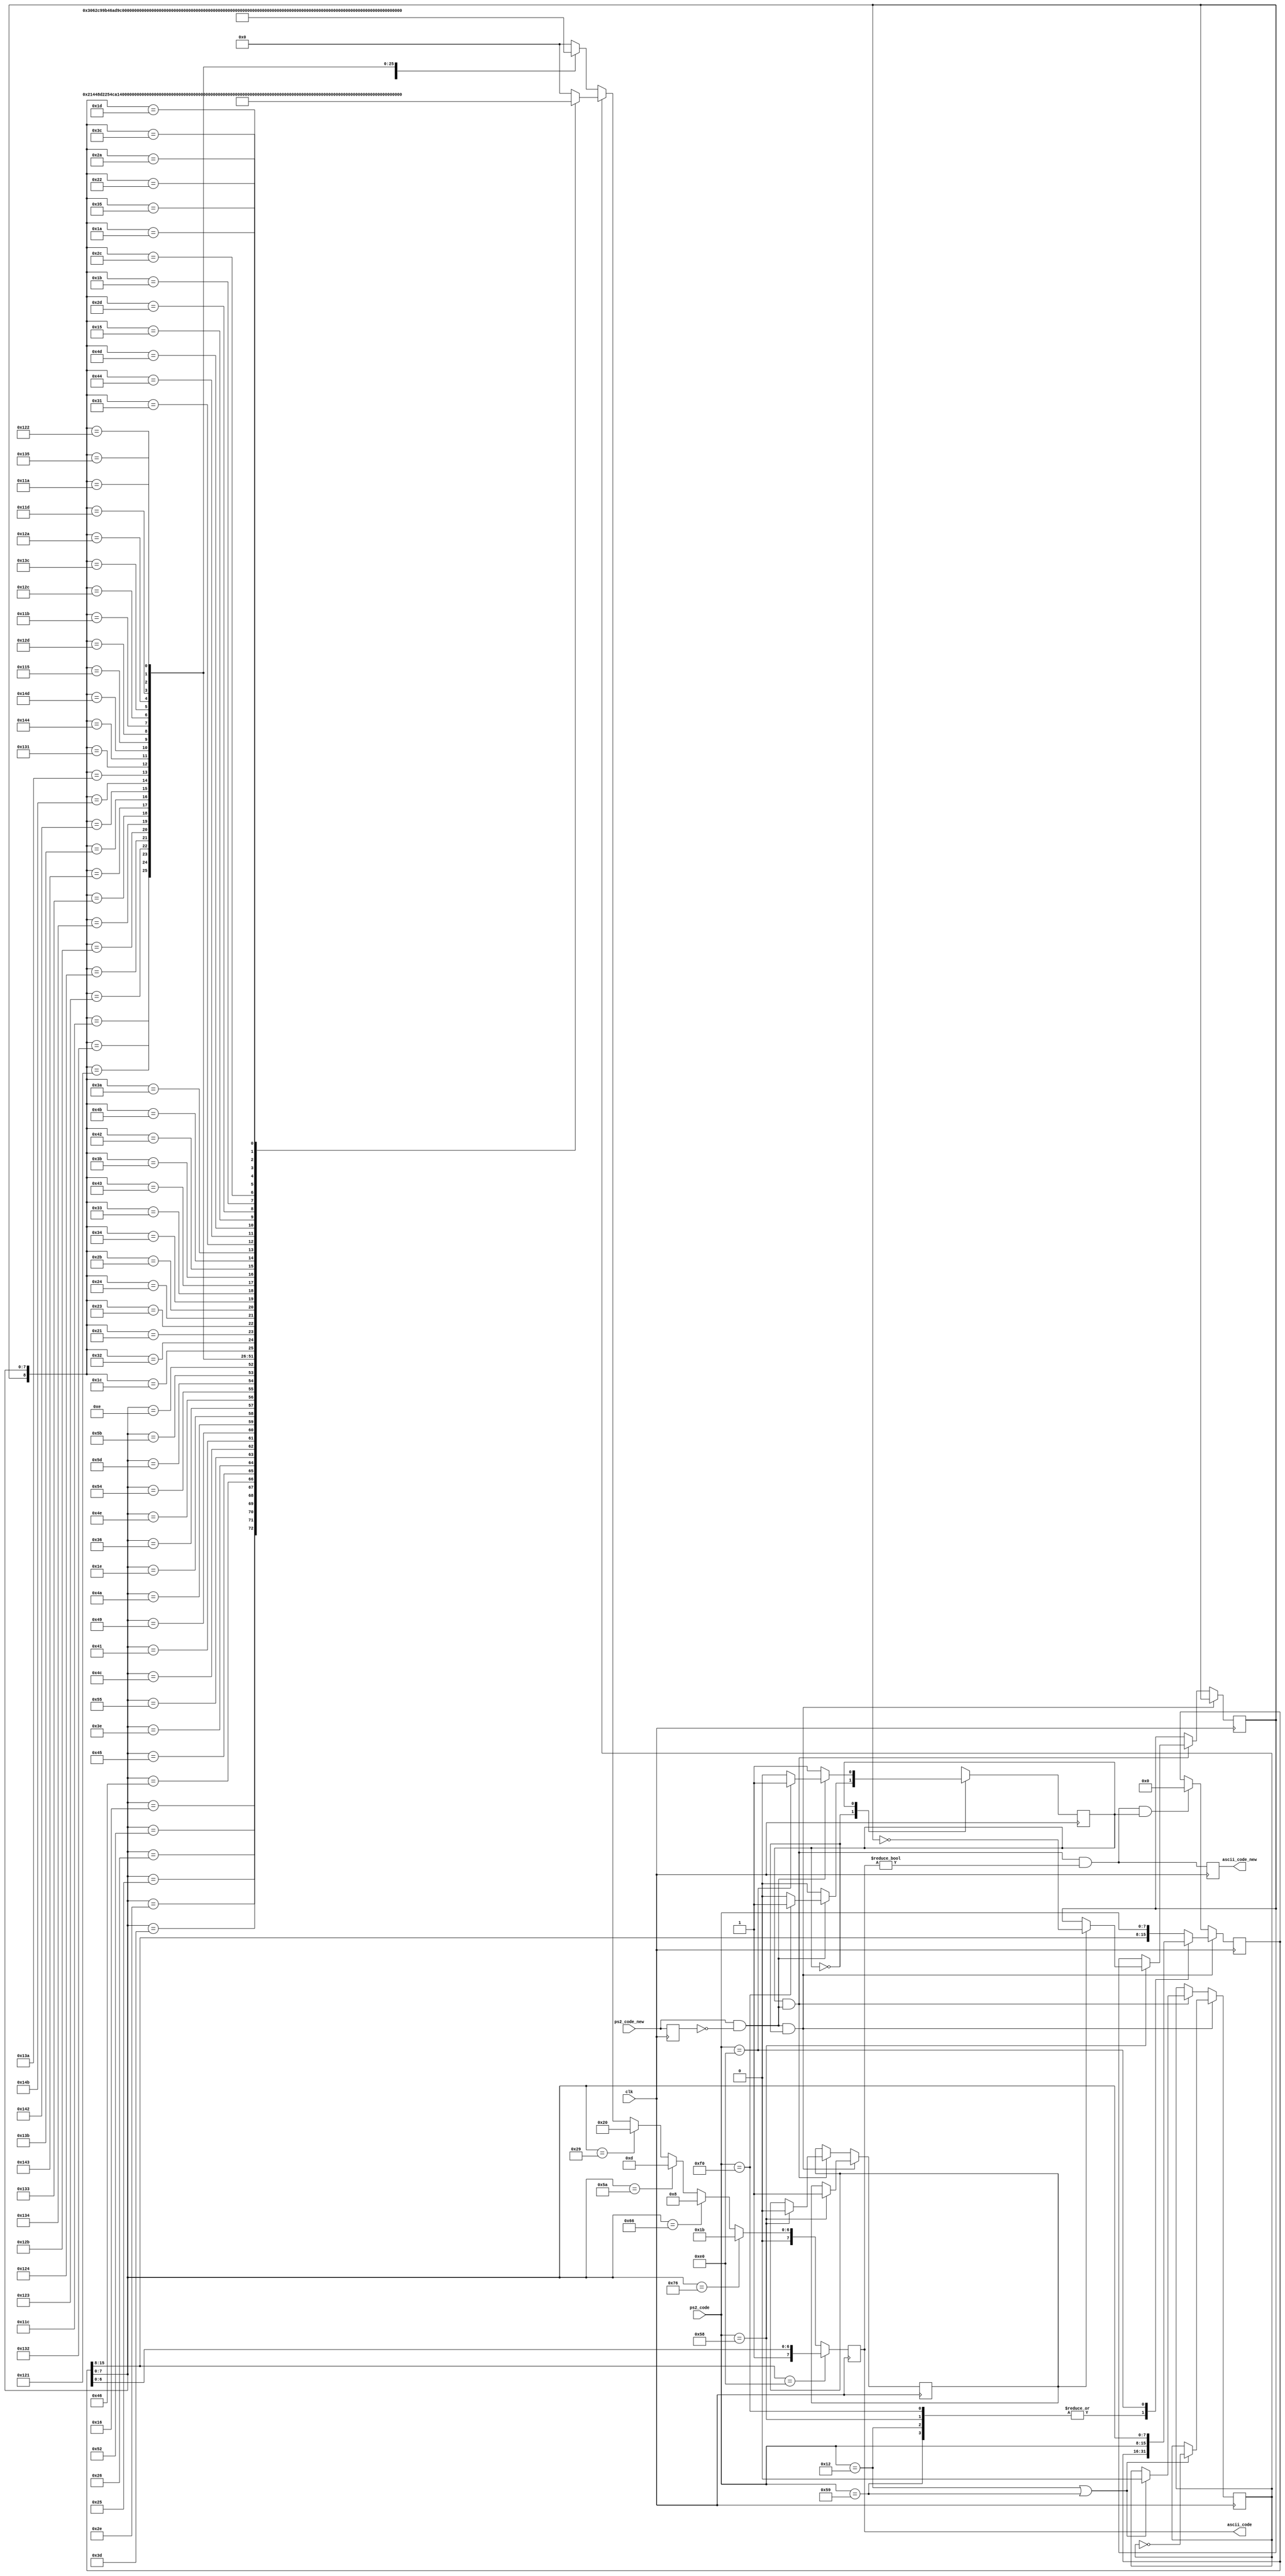
module ps2_scan2ascii(clk, ps2_code_new, ps2_code, ascii_code_new, ascii_code);

  input clk;
  input ps2_code_new;
  input [7:0] ps2_code;
  output ascii_code_new;
  output [7:0] ascii_code;

  parameter
  ST_MAKE=0,
  ST_BREAK=1;

  reg state=0, next_state=0;
 
  reg ps2_code_new_q=0;
  reg [7:0] ps2_code_q=0;
  reg capstoggle=0, capslock=0;
  reg shift=0;
  reg ascii_code_new=0;
  reg [7:0] ascii_code=0;
  reg [15:0] make_code=0;
  reg ps2_ready=0;
  reg ascii_ready=0;

  // input
  always @(posedge clk) begin
    ps2_code_new_q <= ps2_code_new;
  end
  
  always @(*)
    ps2_ready = ps2_code_new==1 && ps2_code_new_q==0;

  // state machine
  always @(posedge clk) begin
    state <= next_state;
  end

  always @(*) begin
    next_state = state;
    case (state)
      ST_MAKE: begin // get make code
        if (ps2_ready) begin
          if (ps2_code == 8'hF0)
            next_state = ST_BREAK;
          else
            next_state = ST_MAKE;
        end
      end      
      ST_BREAK: begin // get break code
        if (ps2_ready) begin
          if (ps2_code == 8'hE0)
            next_state = ST_BREAK;
          else begin
            next_state = ST_MAKE;
          end
        end
      end
      default: next_state = ST_MAKE;
    endcase
  end
  
  // handle shift and capslock
  always @(posedge clk) begin
    if (state == ST_MAKE && ps2_ready==1) begin
      if (ps2_code == 8'h58) begin
        if (capstoggle==0) begin          
          capstoggle <= 1;
        end
      end
      if (ps2_code == 8'h12 || ps2_code == 8'h59)
        shift <= ~shift;
    end
    else if (state == ST_BREAK && ps2_ready==1) begin
      if (ps2_code == 8'h58) begin
        if (capstoggle==1) begin
          capslock <= ~capslock;
        end
        capstoggle <= 0;
      end
      if (ps2_code == 8'h12 || ps2_code == 8'h59)
        shift <= 0;
    end
  end
  
  // get make_code
  always @(posedge clk) begin
    if (ps2_ready && state == ST_MAKE) begin
      case (ps2_code)
        8'hF0,8'h58,8'h12,8'h59: make_code <= make_code;
        8'hE0: make_code <= {ps2_code, make_code[7:0]};
        default: make_code <= {make_code[15:8], ps2_code};
      endcase
    end
    else if (ascii_ready && state == ST_BREAK)
      make_code <= 16'h0;
  end

  always @(*)
    ascii_ready = state==ST_BREAK && ps2_ready==1 && ascii_code!=0;
  
  // outputs
  always @(posedge clk) begin
    ascii_code_new <= ascii_ready;
    // arrow keys
    if (make_code[15:8]==8'hE0) begin
      ascii_code <= {1'b1,make_code[6:0]};
    end
    // some special keys
    else if (make_code[7:0]==8'h76)
      ascii_code <= 8'h1B; //esc
    else if (make_code[7:0]==8'h66)
      ascii_code <= 8'h08; //bkspc
    else if (make_code[7:0]==8'h5A)
      ascii_code <= 8'h0D; //ret
    else if (make_code[7:0]==8'h29)
      ascii_code <= 8'h20; //space
    else begin
      // chars that depend on capslock and shift
      if (shift==0) begin //lower case
        casex ({capslock,make_code[7:0]})
          9'hx_45: ascii_code <= 8'h30; //0
          9'hx_16: ascii_code <= 8'h31; //1
          9'hx_1E: ascii_code <= 8'h32; //2
          9'hx_26: ascii_code <= 8'h33; //3
          9'hx_25: ascii_code <= 8'h34; //4
          9'hx_2E: ascii_code <= 8'h35; //5
          9'hx_36: ascii_code <= 8'h36; //6
          9'hx_3D: ascii_code <= 8'h37; //7
          9'hx_3E: ascii_code <= 8'h38; //8
          9'hx_46: ascii_code <= 8'h39; //9
          9'hx_52: ascii_code <= 8'h27; //'
          9'hx_41: ascii_code <= 8'h2C; //,
          9'hx_4E: ascii_code <= 8'h2D; //-
          9'hx_49: ascii_code <= 8'h2E; //.
          9'hx_4A: ascii_code <= 8'h2F; ///
          9'hx_4C: ascii_code <= 8'h3B; //;
          9'hx_55: ascii_code <= 8'h3D; //=
          9'hx_54: ascii_code <= 8'h5B; //[
          9'hx_5D: ascii_code <= 8'h5C; //\
          9'hx_5B: ascii_code <= 8'h5D; //]
          9'hx_0E: ascii_code <= 8'h60; //`       
          9'h0_1C: ascii_code <= 8'h61; //a
          9'h0_32: ascii_code <= 8'h62; //b
          9'h0_21: ascii_code <= 8'h63; //c
          9'h0_23: ascii_code <= 8'h64; //d
          9'h0_24: ascii_code <= 8'h65; //e
          9'h0_2B: ascii_code <= 8'h66; //f
          9'h0_34: ascii_code <= 8'h67; //g
          9'h0_33: ascii_code <= 8'h68; //h
          9'h0_43: ascii_code <= 8'h69; //i
          9'h0_3B: ascii_code <= 8'h6A; //j
          9'h0_42: ascii_code <= 8'h6B; //k
          9'h0_4B: ascii_code <= 8'h6C; //l
          9'h0_3A: ascii_code <= 8'h6D; //m
          9'h0_31: ascii_code <= 8'h6E; //n
          9'h0_44: ascii_code <= 8'h6F; //o
          9'h0_4D: ascii_code <= 8'h70; //p
          9'h0_15: ascii_code <= 8'h71; //q
          9'h0_2D: ascii_code <= 8'h72; //r
          9'h0_1B: ascii_code <= 8'h73; //s
          9'h0_2C: ascii_code <= 8'h74; //t
          9'h0_3C: ascii_code <= 8'h75; //u
          9'h0_2A: ascii_code <= 8'h76; //v
          9'h0_1D: ascii_code <= 8'h77; //w
          9'h0_22: ascii_code <= 8'h78; //x
          9'h0_35: ascii_code <= 8'h79; //y
          9'h0_1A: ascii_code <= 8'h7A; //z
          9'h1_1C: ascii_code <= 8'h41; //A
          9'h1_32: ascii_code <= 8'h42; //B
          9'h1_21: ascii_code <= 8'h43; //C
          9'h1_23: ascii_code <= 8'h44; //D
          9'h1_24: ascii_code <= 8'h45; //E
          9'h1_2B: ascii_code <= 8'h46; //F
          9'h1_34: ascii_code <= 8'h47; //G
          9'h1_33: ascii_code <= 8'h48; //H
          9'h1_43: ascii_code <= 8'h49; //I
          9'h1_3B: ascii_code <= 8'h4A; //J
          9'h1_42: ascii_code <= 8'h4B; //K
          9'h1_4B: ascii_code <= 8'h4C; //L
          9'h1_3A: ascii_code <= 8'h4D; //M
          9'h1_31: ascii_code <= 8'h4E; //N
          9'h1_44: ascii_code <= 8'h4F; //O
          9'h1_4D: ascii_code <= 8'h50; //P
          9'h1_15: ascii_code <= 8'h51; //Q
          9'h1_2D: ascii_code <= 8'h52; //R
          9'h1_1B: ascii_code <= 8'h53; //S
          9'h1_2C: ascii_code <= 8'h54; //T
          9'h1_3C: ascii_code <= 8'h55; //U
          9'h1_2A: ascii_code <= 8'h56; //V
          9'h1_1D: ascii_code <= 8'h57; //W
          9'h1_22: ascii_code <= 8'h58; //X
          9'h1_35: ascii_code <= 8'h59; //Y
          9'h1_1A: ascii_code <= 8'h5A; //Z
          default: ascii_code <= 8'h00;
        endcase
      end
      else if (shift == 1) begin //uppercase
        casex ({capslock,make_code[7:0]})
          9'hx_16: ascii_code <= 8'h21; //!
          9'hx_52: ascii_code <= 8'h22; //"
          9'hx_26: ascii_code <= 8'h23; //#
          9'hx_25: ascii_code <= 8'h24; //$
          9'hx_2E: ascii_code <= 8'h25; //%
          9'hx_3D: ascii_code <= 8'h26; //&              
          9'hx_46: ascii_code <= 8'h28; //(
          9'hx_45: ascii_code <= 8'h29; //)
          9'hx_3E: ascii_code <= 8'h2A; //*
          9'hx_55: ascii_code <= 8'h2B; //+
          9'hx_4C: ascii_code <= 8'h3A; //:
          9'hx_41: ascii_code <= 8'h3C; //<
          9'hx_49: ascii_code <= 8'h3E; //>
          9'hx_4A: ascii_code <= 8'h3F; //?
          9'hx_1E: ascii_code <= 8'h40; //@
          9'hx_36: ascii_code <= 8'h5E; //^
          9'hx_4E: ascii_code <= 8'h5F; //_
          9'hx_54: ascii_code <= 8'h7B; //{
          9'hx_5D: ascii_code <= 8'h7C; //|
          9'hx_5B: ascii_code <= 8'h7D; //}
          9'hx_0E: ascii_code <= 8'h7E; //~
          9'h1_1C: ascii_code <= 8'h61; //a
          9'h1_32: ascii_code <= 8'h62; //b  
          9'h1_21: ascii_code <= 8'h63; //c
          9'h1_23: ascii_code <= 8'h64; //d
          9'h1_24: ascii_code <= 8'h65; //e
          9'h1_2B: ascii_code <= 8'h66; //f
          9'h1_34: ascii_code <= 8'h67; //g
          9'h1_33: ascii_code <= 8'h68; //h
          9'h1_43: ascii_code <= 8'h69; //i
          9'h1_3B: ascii_code <= 8'h6A; //j
          9'h1_42: ascii_code <= 8'h6B; //k
          9'h1_4B: ascii_code <= 8'h6C; //l
          9'h1_3A: ascii_code <= 8'h6D; //m
          9'h1_31: ascii_code <= 8'h6E; //n
          9'h1_44: ascii_code <= 8'h6F; //o
          9'h1_4D: ascii_code <= 8'h70; //p
          9'h1_15: ascii_code <= 8'h71; //q
          9'h1_2D: ascii_code <= 8'h72; //r
          9'h1_1B: ascii_code <= 8'h73; //s
          9'h1_2C: ascii_code <= 8'h74; //t
          9'h1_3C: ascii_code <= 8'h75; //u
          9'h1_2A: ascii_code <= 8'h76; //v
          9'h1_1D: ascii_code <= 8'h77; //w
          9'h1_22: ascii_code <= 8'h78; //x
          9'h1_35: ascii_code <= 8'h79; //y
          9'h1_1A: ascii_code <= 8'h7A; //z
          9'h0_1C: ascii_code <= 8'h41; //A
          9'h0_32: ascii_code <= 8'h42; //B
          9'h0_21: ascii_code <= 8'h43; //C
          9'h0_23: ascii_code <= 8'h44; //D
          9'h0_24: ascii_code <= 8'h45; //E
          9'h0_2B: ascii_code <= 8'h46; //F
          9'h0_34: ascii_code <= 8'h47; //G
          9'h0_33: ascii_code <= 8'h48; //H
          9'h0_43: ascii_code <= 8'h49; //I
          9'h0_3B: ascii_code <= 8'h4A; //J
          9'h0_42: ascii_code <= 8'h4B; //K
          9'h0_4B: ascii_code <= 8'h4C; //L
          9'h0_3A: ascii_code <= 8'h4D; //M
          9'h0_31: ascii_code <= 8'h4E; //N
          9'h0_44: ascii_code <= 8'h4F; //O
          9'h0_4D: ascii_code <= 8'h50; //P
          9'h0_15: ascii_code <= 8'h51; //Q
          9'h0_2D: ascii_code <= 8'h52; //R
          9'h0_1B: ascii_code <= 8'h53; //S
          9'h0_2C: ascii_code <= 8'h54; //T
          9'h0_3C: ascii_code <= 8'h55; //U
          9'h0_2A: ascii_code <= 8'h56; //V
          9'h0_1D: ascii_code <= 8'h57; //W
          9'h0_22: ascii_code <= 8'h58; //X
          9'h0_35: ascii_code <= 8'h59; //Y
          9'h0_1A: ascii_code <= 8'h5A; //Z
          default: ascii_code <= 8'h00;
        endcase
      end
    end
  end
  
endmodule